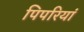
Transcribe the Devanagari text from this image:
पिपरियां